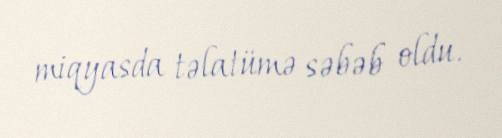
miqyasda təlatümə səbəb oldu.